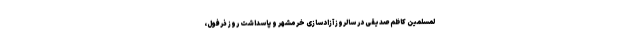
لمسلمین کاظم صدیقی در سالروز آزادسازی خرمشهر و پاسداشت روز ذرفول،